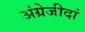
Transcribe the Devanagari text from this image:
अंग्रेजीदां